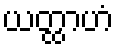
ယတ္ထာဟံ